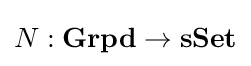
N:\mathbf {Grpd} \to \mathbf {sSet}